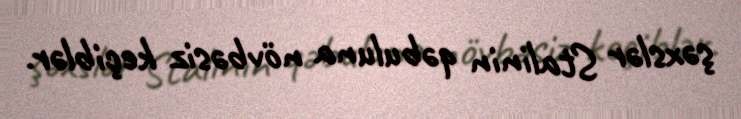
şəxslər Stalinin qəbuluna növbəsiz keçiblər.